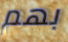
بهم